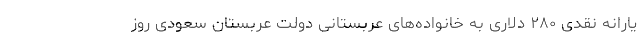
یارانه نقدی ۲۸۰ دلاری به خانواده‌های عربستانی دولت عربستان سعودی روز